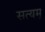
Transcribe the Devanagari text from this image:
सत्‍यम्